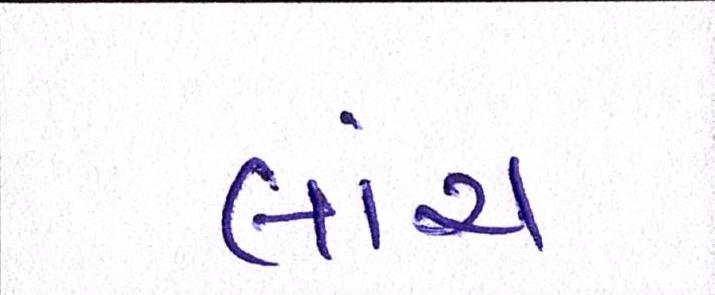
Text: લાંચ